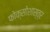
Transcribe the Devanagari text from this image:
फोक्सोशास्त्र